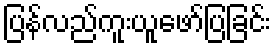
ပြန်လည်ကူးယူဖော်ပြခြင်း